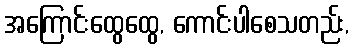
အကြောင်းထွေထွေ, ကောင်းပါစေသတည်း,